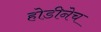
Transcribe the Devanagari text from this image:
होडीनेच